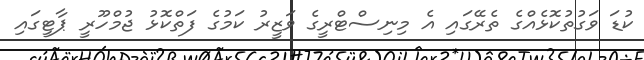
ކުޑަ ވަގުތުކޮޅެއްގެ ތެރޭގައި އެ މިނިސްޓްރީގެ ވަޒީރު ކަމުގެ ފަތްކޮޅު ޖުމްހޫރީ ޕާޓީގައި